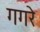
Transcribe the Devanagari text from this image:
गगरे